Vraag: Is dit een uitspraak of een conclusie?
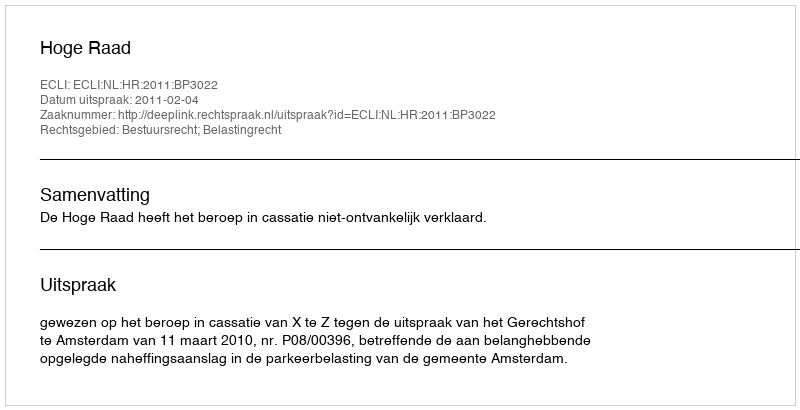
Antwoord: Uitspraak